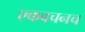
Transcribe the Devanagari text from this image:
एकवचनच